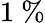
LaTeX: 1\ \%